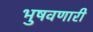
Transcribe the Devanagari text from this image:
भुषवणारी